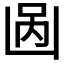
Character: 𱐎